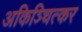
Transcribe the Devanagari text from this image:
अकिञ्चित्कर